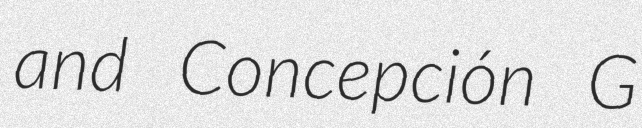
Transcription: and Concepción G